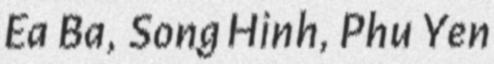
Ea Ba, Song Hinh, Phu Yen